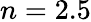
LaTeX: n=2.5